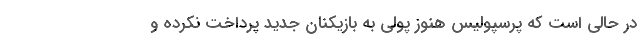
در حالی است که پرسپولیس هنوز پولی به بازیکنان جدید پرداخت نکرده و